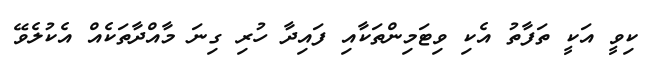
ކިވީ އަކީ ތަފާތު އެކި ވިޓަމިންތަކާއި ފައިދާ ހުރި ގިނަ މާއްދާތަކެއް އެކުލެވޭ